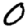
Digit: 0